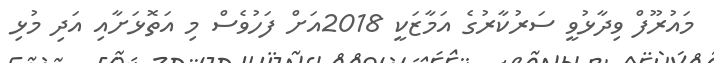
މައުރޫފް ވިދާޅުވީ ސަރުކާރުގެ އަމާޒަކީ 2018އަށް ފަހުވެސް މި އަތޮޅަށާއި އަދި މުޅި